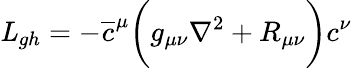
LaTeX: {\mathit L}_{gh}=-\overline{{c}}^{\mu}\biggl(g_{\mu\nu}\nabla^{2}+R_{\mu\nu}\biggr)c^{\nu}